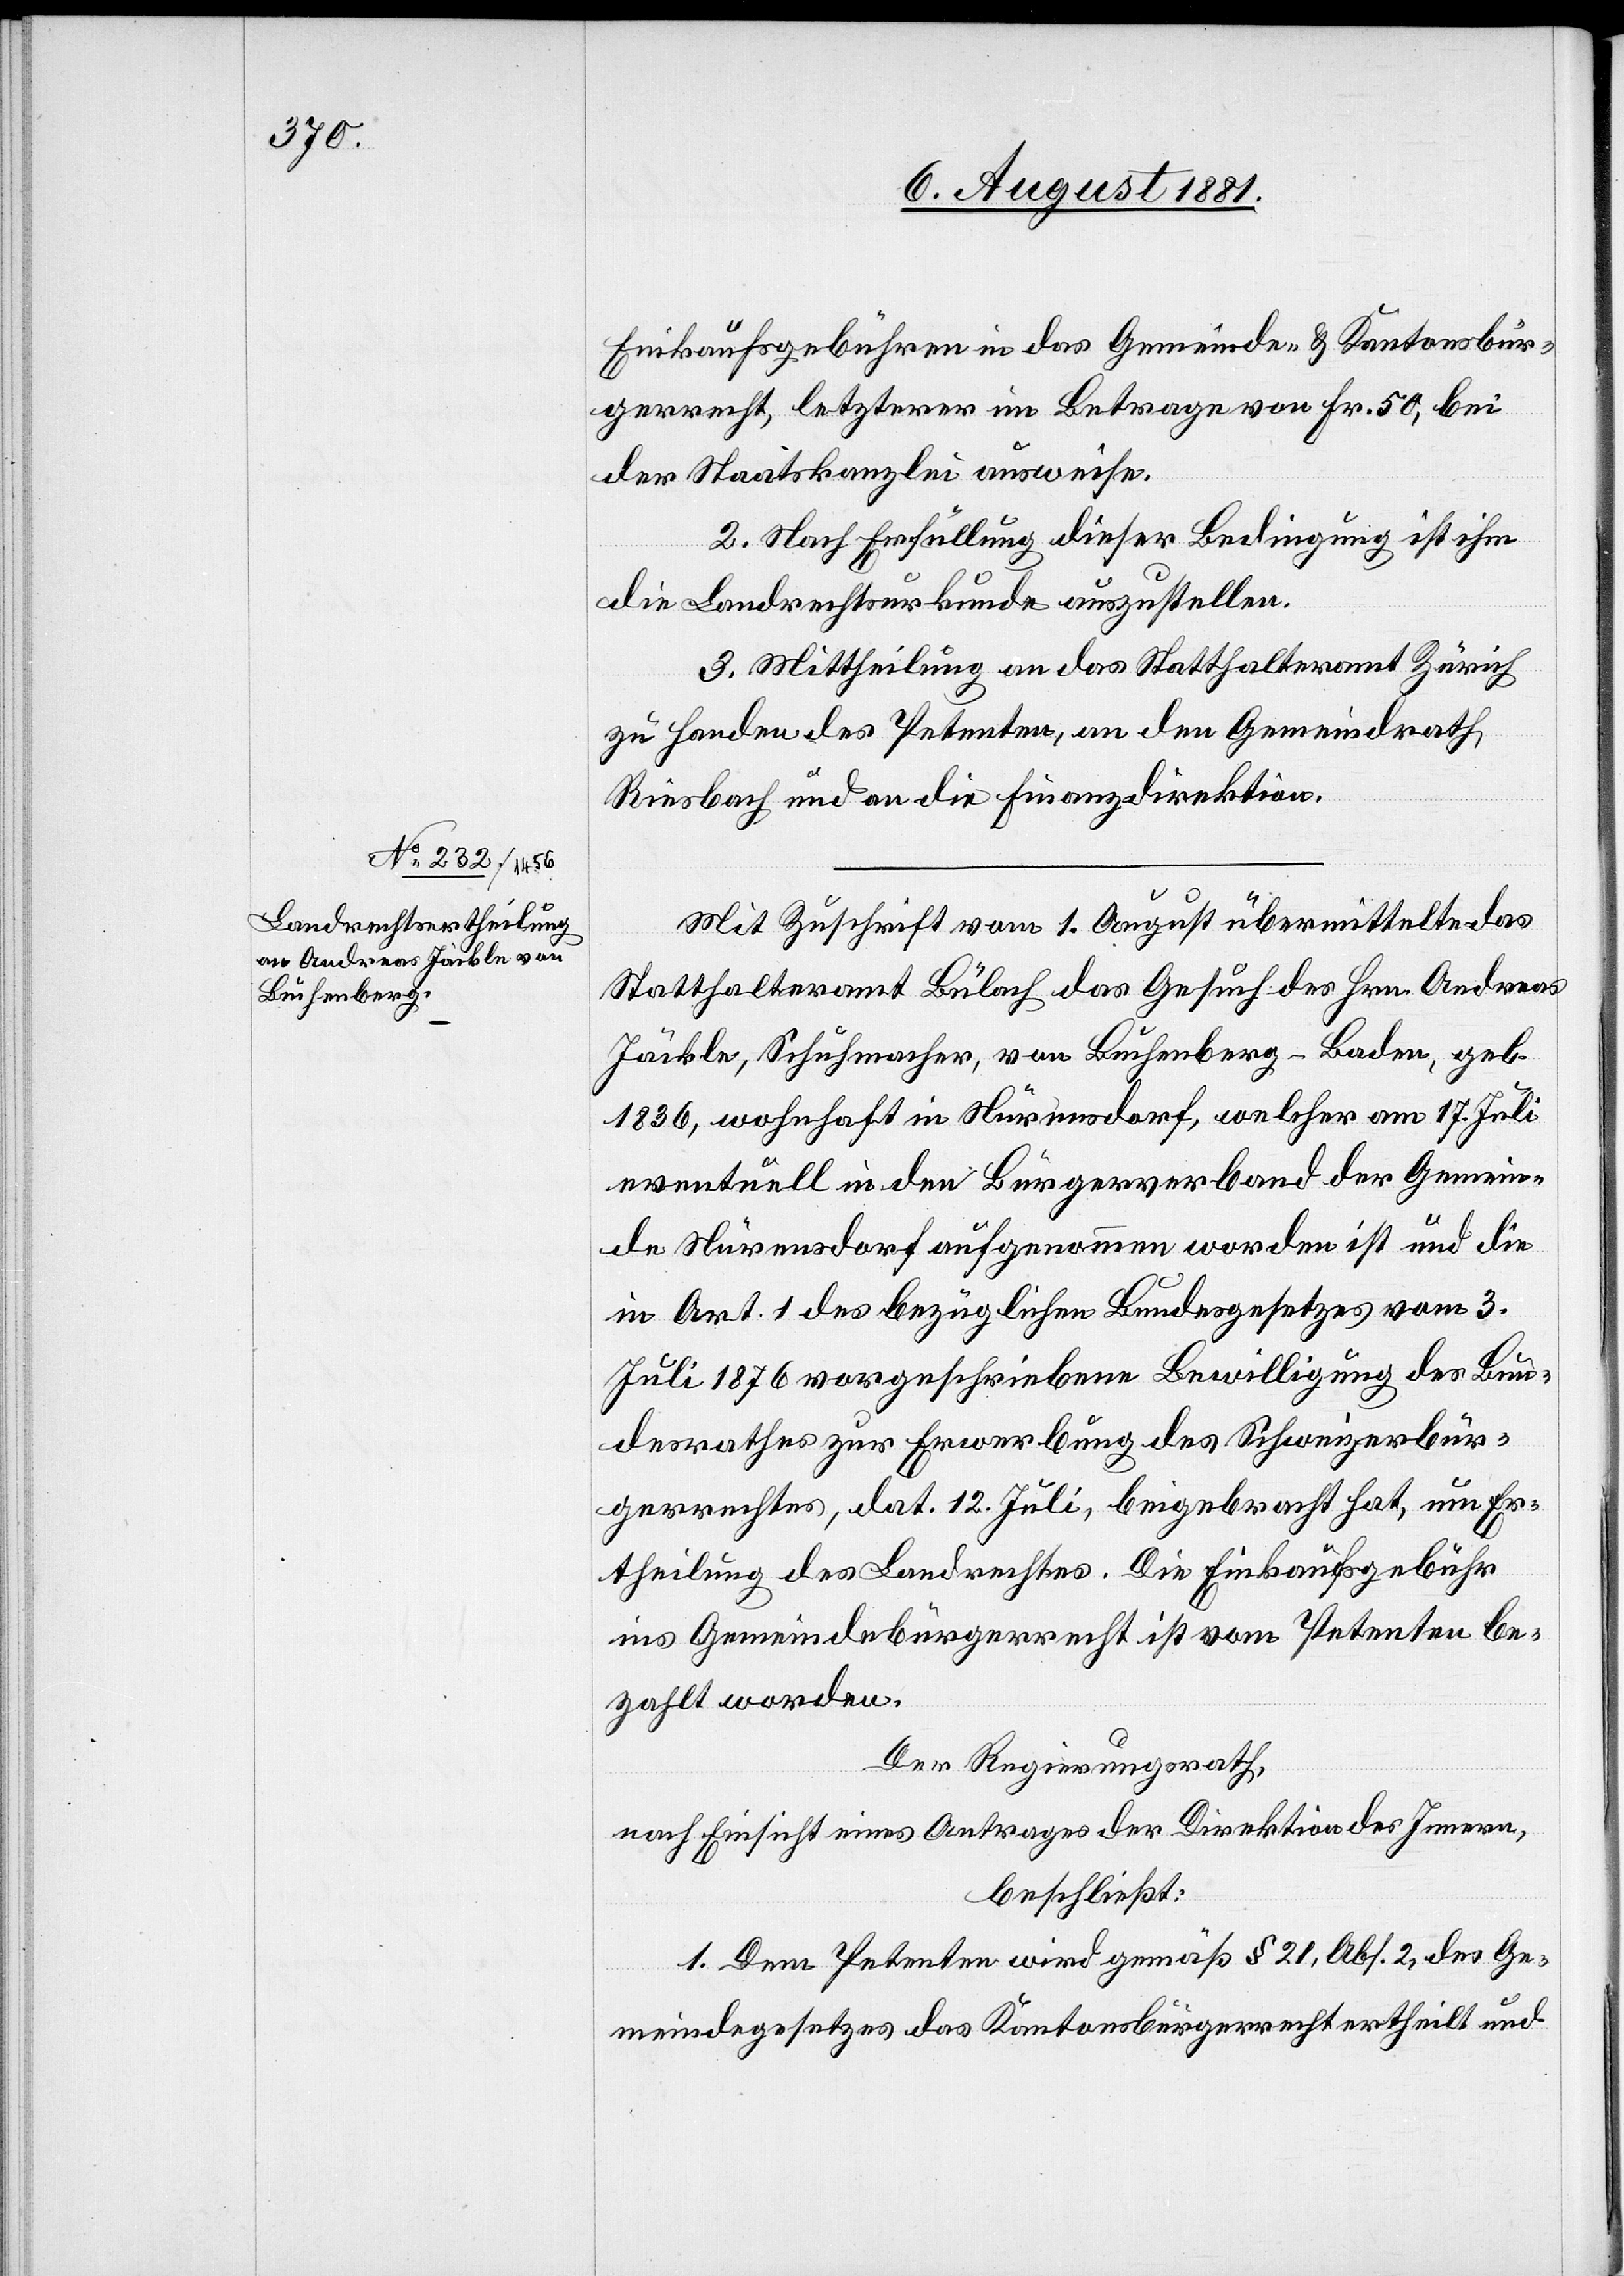
Einkaufsgebühren in das Gemeinde- & Kantonsbür¬
gerrecht, letzterer im Betrage von Fr. 50, bei
der Staatskanzlei ausweise.
2. Nach Erfüllung dieser Bedingung ist ihm
die Landrechtsurkunde auszustellen.
3. Mittheilung an das Statthalteramt Zürich
zu Handen des Petenten, an den Gemeindrath
Riesbach und an die Finanzdirektion.
Mit Zuschrift vom 1. August übermittelte das
Statthalteramt Bülach das Gesuch des Hrn. Andreas
Jäckle, Schuhmacher, von Buchenberg - Baden, geb.
1836, wohnhaft in Nürensdorf, welcher am 17. Juli
eventuell in den Bürgerverband der Gemein¬
de Nürensdorf aufgenommen worden ist und die
in Art. 1 des bezüglichen Bundesgesetzes vom 3.
Juli 1876 vorgeschriebene Bewilligung des Bun¬
desrathes zur Erwerbung des Schweizerbür¬
gerrechtes, dat. 12. Juli, beigebracht hat, um Er¬
theilung des Landrechtes. Die Einkaufsgebühr
ins Gemeindebürgerrecht ist vom Petenten be¬
zahlt worden.
Der Regierungsrath,
nach Einsicht eines Antrages der Direktion des Innern,
beschließt:
1. Dem Petenten wird gemäß § 21, Abs. 2, des Ge¬
meindegesetzes das Kantonsbürgerrecht ertheilt und